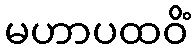
မဟာပထဝိံ